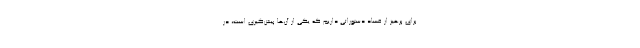
برای پرهیز از فساد دستوراتی داریم که یکی از آن‌ها پیش‌گیری است، در